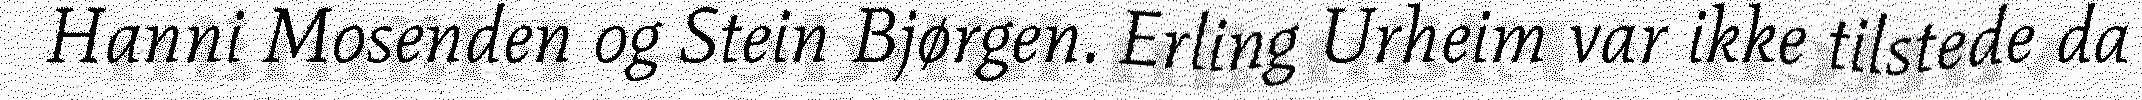
Hanni Mosenden og Stein Bjørgen. Erling Urheim var ikke tilstede da